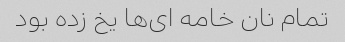
تمام نان خامه ای‌ها یخ زده بود